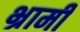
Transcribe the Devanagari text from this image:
भ्रामी